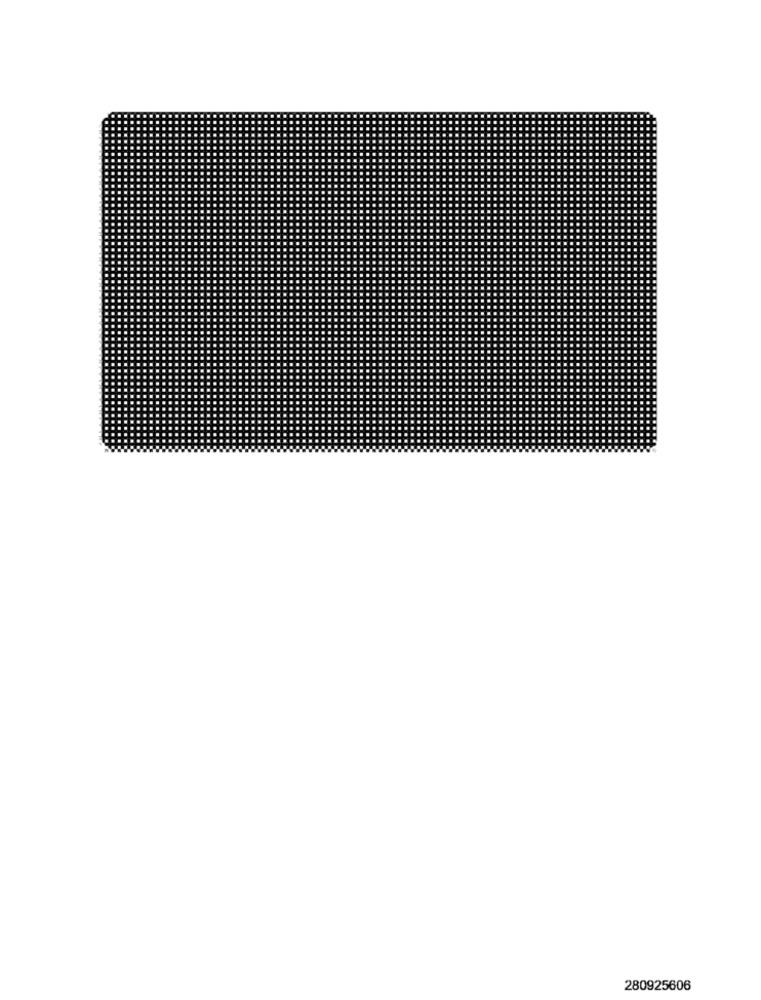
280925606